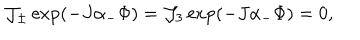
{ \cal J } _ { \pm } \exp ( - J \alpha _ { - } \Phi ) = { \cal J } _ { 3 } \exp ( - J \alpha _ { - } \Phi ) = 0 ,